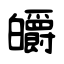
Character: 皭